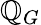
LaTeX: \mathbb{Q}_{G}